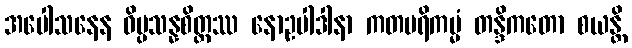
အပေါသနေန ဝိပ္ပသန္နစိတ္တဿ နောဥပါဒါနာ ကတပရိကမ္မံ တန္ဒိကတော စယန္တိ